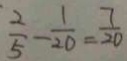
\frac { 2 } { 5 } - \frac { 1 } { 2 0 } = \frac { 7 } { 2 0 }